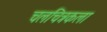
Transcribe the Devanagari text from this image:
चलचित्रकला